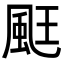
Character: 𮨧